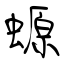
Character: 螈